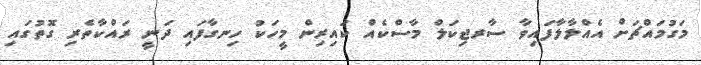
މަގުމައްޗަށް އެއްލާލާފައިވާ ސާރޖިކަލް މާސްކެއް ކައިރިން މީހަކު ހިނގާފައި ދަނީ ރައްކާތެރި ގޮތުގައި